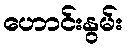
ဟောင်းနွမ်း